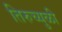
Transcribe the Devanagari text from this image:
तिरुच्युळी